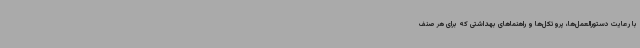
با رعایت دستورالعمل‌ها، پروتکل‌ها و راهنماهای بهداشتی که برای هر صنف